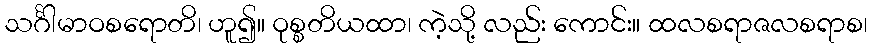
သင်္ဂါမာဝစရောတိ၊ ဟူ၍။ ဝုစ္စတိယထာ၊ ကဲ့သို့ လည်း ကောင်း။ ထလစရာဇလစရာစ၊